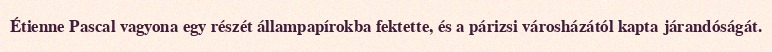
Étienne Pascal vagyona egy részét állampapírokba fektette, és a párizsi városházától kapta járandóságát.